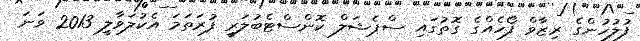
ފުލުހުންގެ ރިޒާވް ފޯހެއްގެ ގޮތުގައި ސްޕެޝަލް ކޮންސްޓެބުލަރީ ފުރަތަމަ އެކުލަވާލީ 2013 ވަނަ